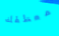
معطفك